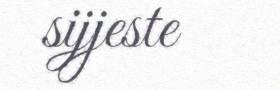
sijjeste